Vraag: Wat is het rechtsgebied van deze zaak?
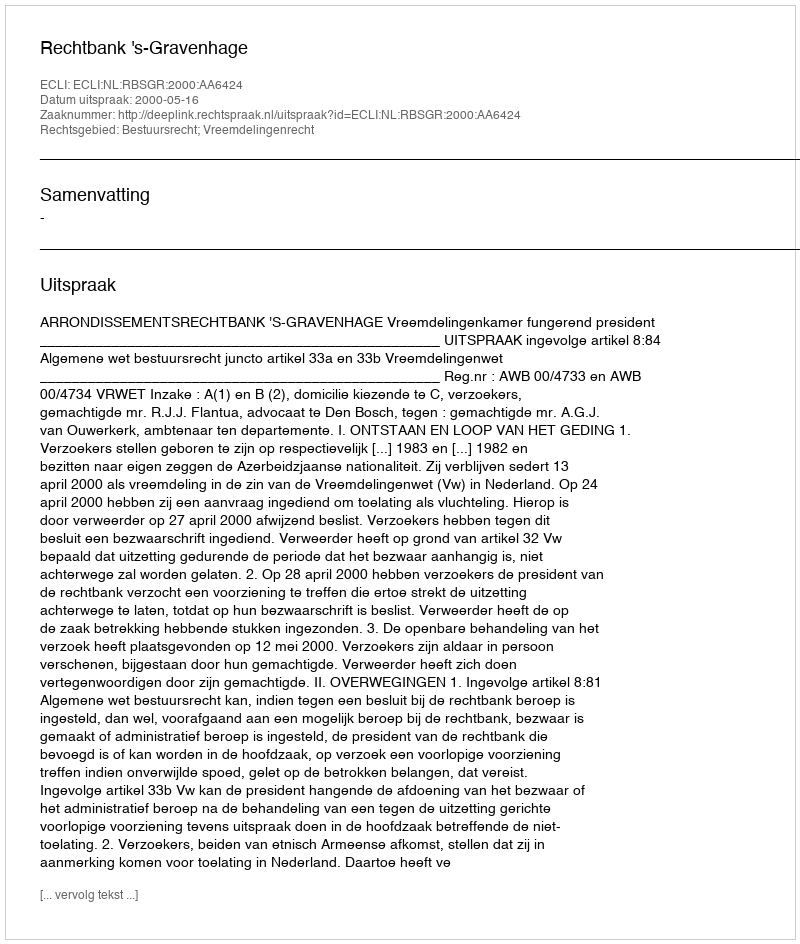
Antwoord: Bestuursrecht; Vreemdelingenrecht